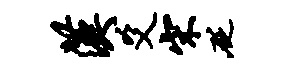
汉爻宋砭